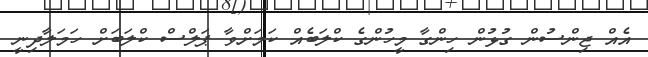
އެއް ޖިންސުން ގުޅުން ހިންގާ މީހުންގެ ކްލަބެއް ކަމަށްވާ ޕަލްސް ކްލަބަށް ހަމަލާދިނީ